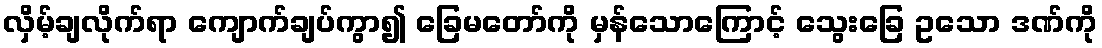
လှိမ့်ချလိုက်ရာ ကျောက်ချပ်ကွာ၍ ခြေမတော်ကို မှန်သောကြောင့် သွေးခြေ ဥသော ဒဏ်ကို